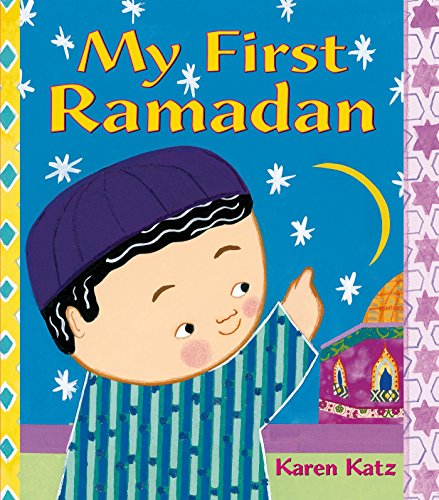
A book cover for My First Ramadan (My First Holiday); Karen Katz; Children's Books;